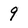
Character: 9